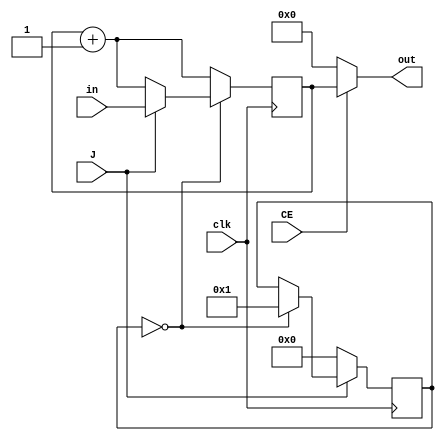
module counter(clk, J, CE, out, in);
	input clk, J, CE;  //clk as input, J to jump, CE for counter enable
	input [3:0]in;  //in to jump to the value
	output [3:0]out; //4bit register
	reg[3:0]count;
	integer flag = 0;
	
	initial begin count = 4'b0000;end  //initializes count to 4'b0000
	always @(posedge clk)begin
			count <= count + 1;
			if(flag == 0)begin
				if(J == 1'b1)begin
					count <= in;
					flag = 1;
				end
			end
			if(J == 1'b0) flag = 0;
	end
	assign out = (CE == 1'b1)? count
					 : 4'b0000;
endmodule